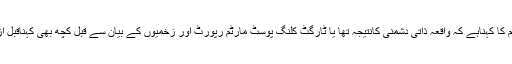
پولیس حکام کا کہناہے کہ واقعہ ذاتی دشمنی کانتیجہ تھا یا ٹارگٹ کلنگ پوسٹ مارٹم رپورٹ اور زخمیوں کے بیان سے قبل کچھ بھی کہناقبل ازوقت ہوگا۔